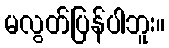
မလွတ်ပြန်ပါဘူး။